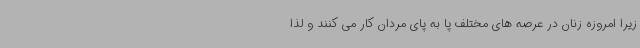
زیرا امروزه زنان در عرصه های مختلف پا به پای مردان کار می کنند و لذا